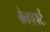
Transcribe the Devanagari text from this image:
ब्रेव्हहार्ट